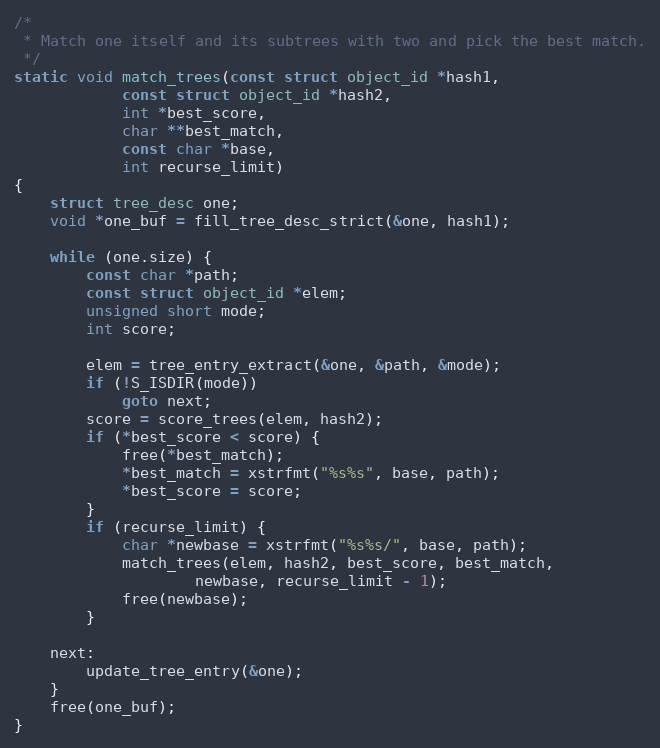
Language: C
/*
 * Match one itself and its subtrees with two and pick the best match.
 */
static void match_trees(const struct object_id *hash1,
			const struct object_id *hash2,
			int *best_score,
			char **best_match,
			const char *base,
			int recurse_limit)
{
	struct tree_desc one;
	void *one_buf = fill_tree_desc_strict(&one, hash1);

	while (one.size) {
		const char *path;
		const struct object_id *elem;
		unsigned short mode;
		int score;

		elem = tree_entry_extract(&one, &path, &mode);
		if (!S_ISDIR(mode))
			goto next;
		score = score_trees(elem, hash2);
		if (*best_score < score) {
			free(*best_match);
			*best_match = xstrfmt("%s%s", base, path);
			*best_score = score;
		}
		if (recurse_limit) {
			char *newbase = xstrfmt("%s%s/", base, path);
			match_trees(elem, hash2, best_score, best_match,
				    newbase, recurse_limit - 1);
			free(newbase);
		}

	next:
		update_tree_entry(&one);
	}
	free(one_buf);
}